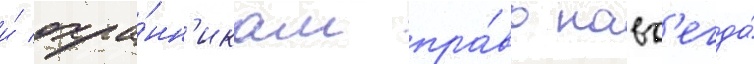
и́ охра́нн'икам пра́во навс'егда́